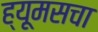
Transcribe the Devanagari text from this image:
ह्यूमसचा